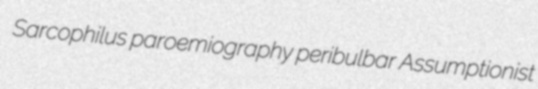
Sarcophilus paroemiography peribulbar Assumptionist